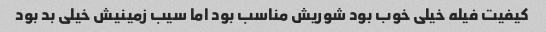
کیفیت فیله خیلی خوب بود شوریش مناسب بود اما سیب زمینیش خیلی بد بود